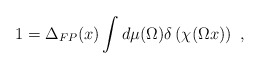
\begin{align*}1 = \Delta_{FP}(x)\int d\mu(\Omega) \delta\left(\chi(\Omega x)\right)\ ,\end{align*}